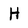
Character: H